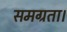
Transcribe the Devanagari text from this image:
समग्रता।